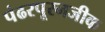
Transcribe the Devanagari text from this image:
पंढरपूरनजीक